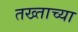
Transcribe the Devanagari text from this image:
तख्ताच्या